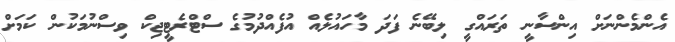
އެންމެންނަށް އިންސާނީ ތަރައްގީ ލިބޭނެ ފަދަ މާހައުލެއް އުފެއްދުމުގެ ސްޓްރެޓީޖިކް ވިސްނުމަކުން ކަމަށް